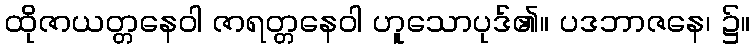
ထိုဇာယတ္တနေဝါ ဇာရတ္တနေဝါ ဟူသောပုဒ်၏။ ပဒဘာဇနေ၊ ၌။